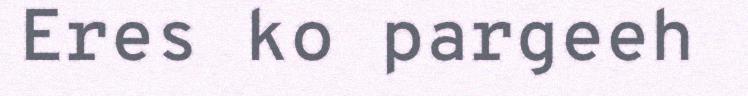
Eres ko pargeeh